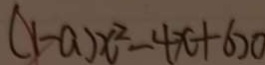
( 1 - a ) x ^ { 2 } - 4 x + 6 > 0